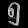
Digit: ၅